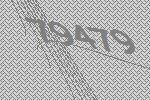
79479